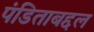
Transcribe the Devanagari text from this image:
पंडिताबद्दल